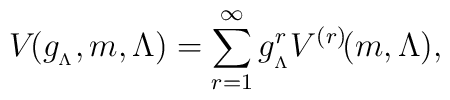
V\hspace{-.07cm}(g_{_{\Lambda}},m,\Lambda)=\sum_{r=1}^{\infty}g_{_{\Lambda}}^{r}V^{(r)}\hspace{-.07cm}(m,\Lambda),